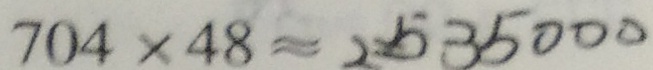
7 0 4 \times 4 8 \approx 2 5 3 5 0 0 0